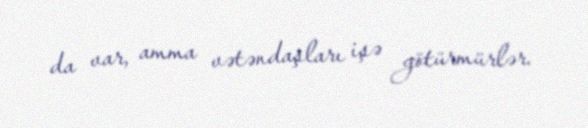
da var, amma vətəndaşları işə götürmürlər.